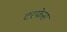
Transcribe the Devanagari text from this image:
टरफेस